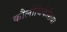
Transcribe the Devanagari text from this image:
कौलोथिकेशिया